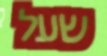
שעל